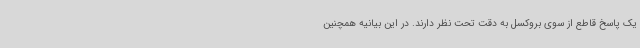
یک پاسخ قاطع از سوی بروکسل به دقت تحت نظر دارند. در این بیانیه همچنین